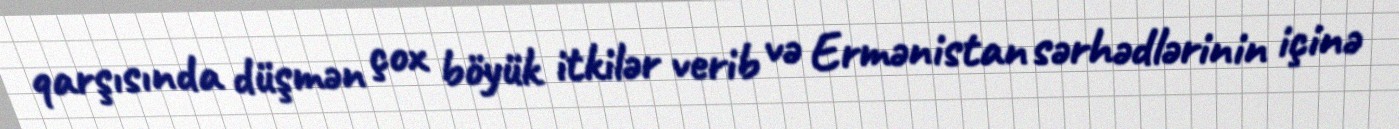
qarşısında düşmən çox böyük itkilər verib və Ermənistan sərhədlərinin içinə